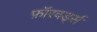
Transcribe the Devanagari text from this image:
फ़ॉरवर्ड्स